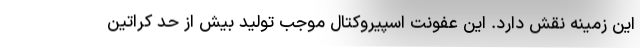
این زمینه نقش دارد. این عفونت اسپیروکتال موجب تولید بیش از حد کراتین